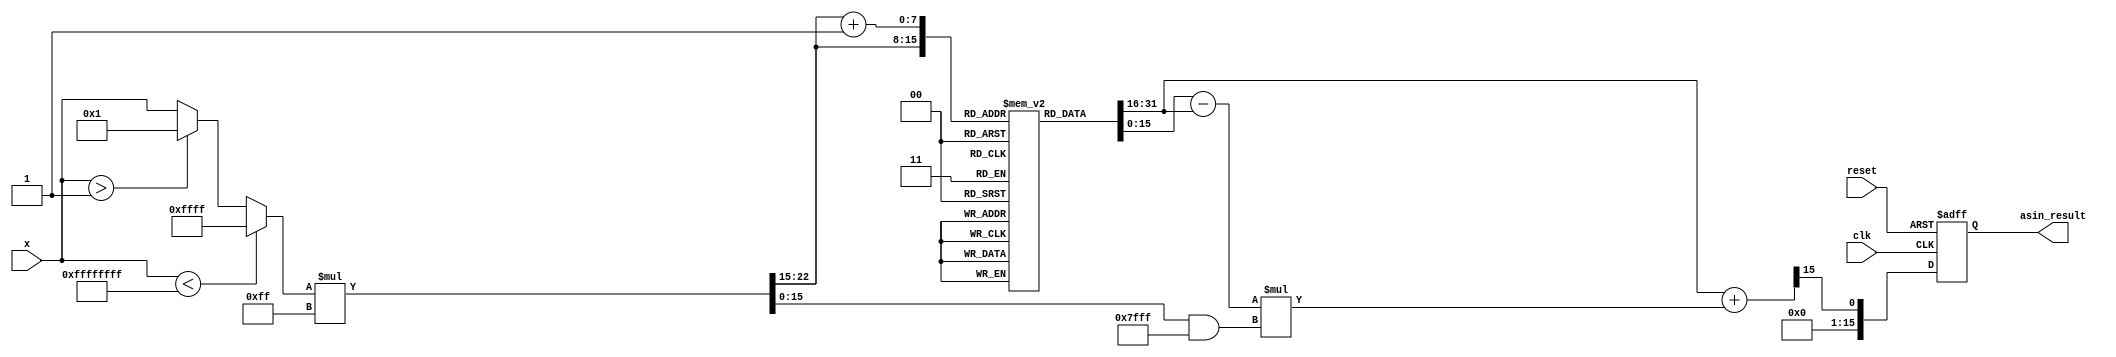
module asin_block #(
    parameter N = 16, // Input bit-width
    parameter M = 16, // Output bit-width
    parameter LUT_SIZE = 256 // Size of the LUT
)(
    input wire clk,
    input wire reset,
    input wire [N-1:0] x,
    output reg [M-1:0] asin_result
);

    // Define the LUT for asin values (fixed-point representation)
    reg [M-1:0] lut [0:LUT_SIZE-1];
    initial begin
        // Populate the LUT with precomputed values of asin
        // This is a placeholder; actual values should be calculated
        // and filled in based on the fixed-point representation.
        // Example: lut[0] = 0; lut[1] = 0.0123; ... lut[LUT_SIZE-1] = /2
        // Note: The values should be scaled appropriately.
    end

    // Internal signals
    wire [N-1:0] x_clamped;
    reg [7:0] index; // LUT index
    reg [M-1:0] lut_val1, lut_val2; // LUT values for interpolation
    reg [N-1:0] x_frac; // Fractional part for interpolation
    reg [M-1:0] interpolated_result;

    // Range checking and clamping
    assign x_clamped = (x < -1) ? -1 :
                       (x > 1) ? 1 : x;

    always @(posedge clk or posedge reset) begin
        if (reset) begin
            asin_result <= 0;
        end else begin
            // Calculate LUT index
            index = (x_clamped * (LUT_SIZE - 1)) >> (N - 1); // Scale to LUT size

            // Get LUT values for interpolation
            lut_val1 = lut[index];
            lut_val2 = lut[index + 1];

            // Calculate the fractional part for interpolation
            x_frac = (x_clamped * (LUT_SIZE - 1)) & ((1 << (N - 1)) - 1); // Get fractional part

            // Linear interpolation
            interpolated_result = lut_val1 + ((lut_val2 - lut_val1) * x_frac) >> (N - 1);

            // Assign the result
            asin_result <= interpolated_result;
        end
    end

endmodule